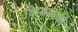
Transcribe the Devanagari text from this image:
कियेव्स्की